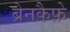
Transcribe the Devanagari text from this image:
ब्रेनकैफ़े